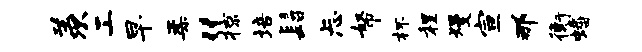
羡工早柔“掠培髫忐帑杯程熳宣那衡蟠